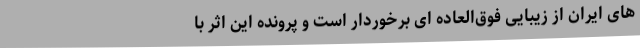
های ایران از زیبایی فوق‌العاده ای برخوردار است و پرونده این اثر با